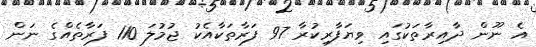
އެ ނޫން ދާއިރާތަކުގައި ވިޔަފާރިކުރާ 97 ފަރާތަކާއެކު ޖުމުލަ 110 ފަރާތެއްގެ ނަން